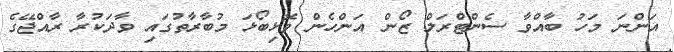
އަންނަ މަހު ބާއްވާ ސެންޓްރަލް ޒޯން އަންހެން ވޮޅިބޯޅަ މުބާރާތުގައި ވާދަކުރާ ރާއްޖޭގެ